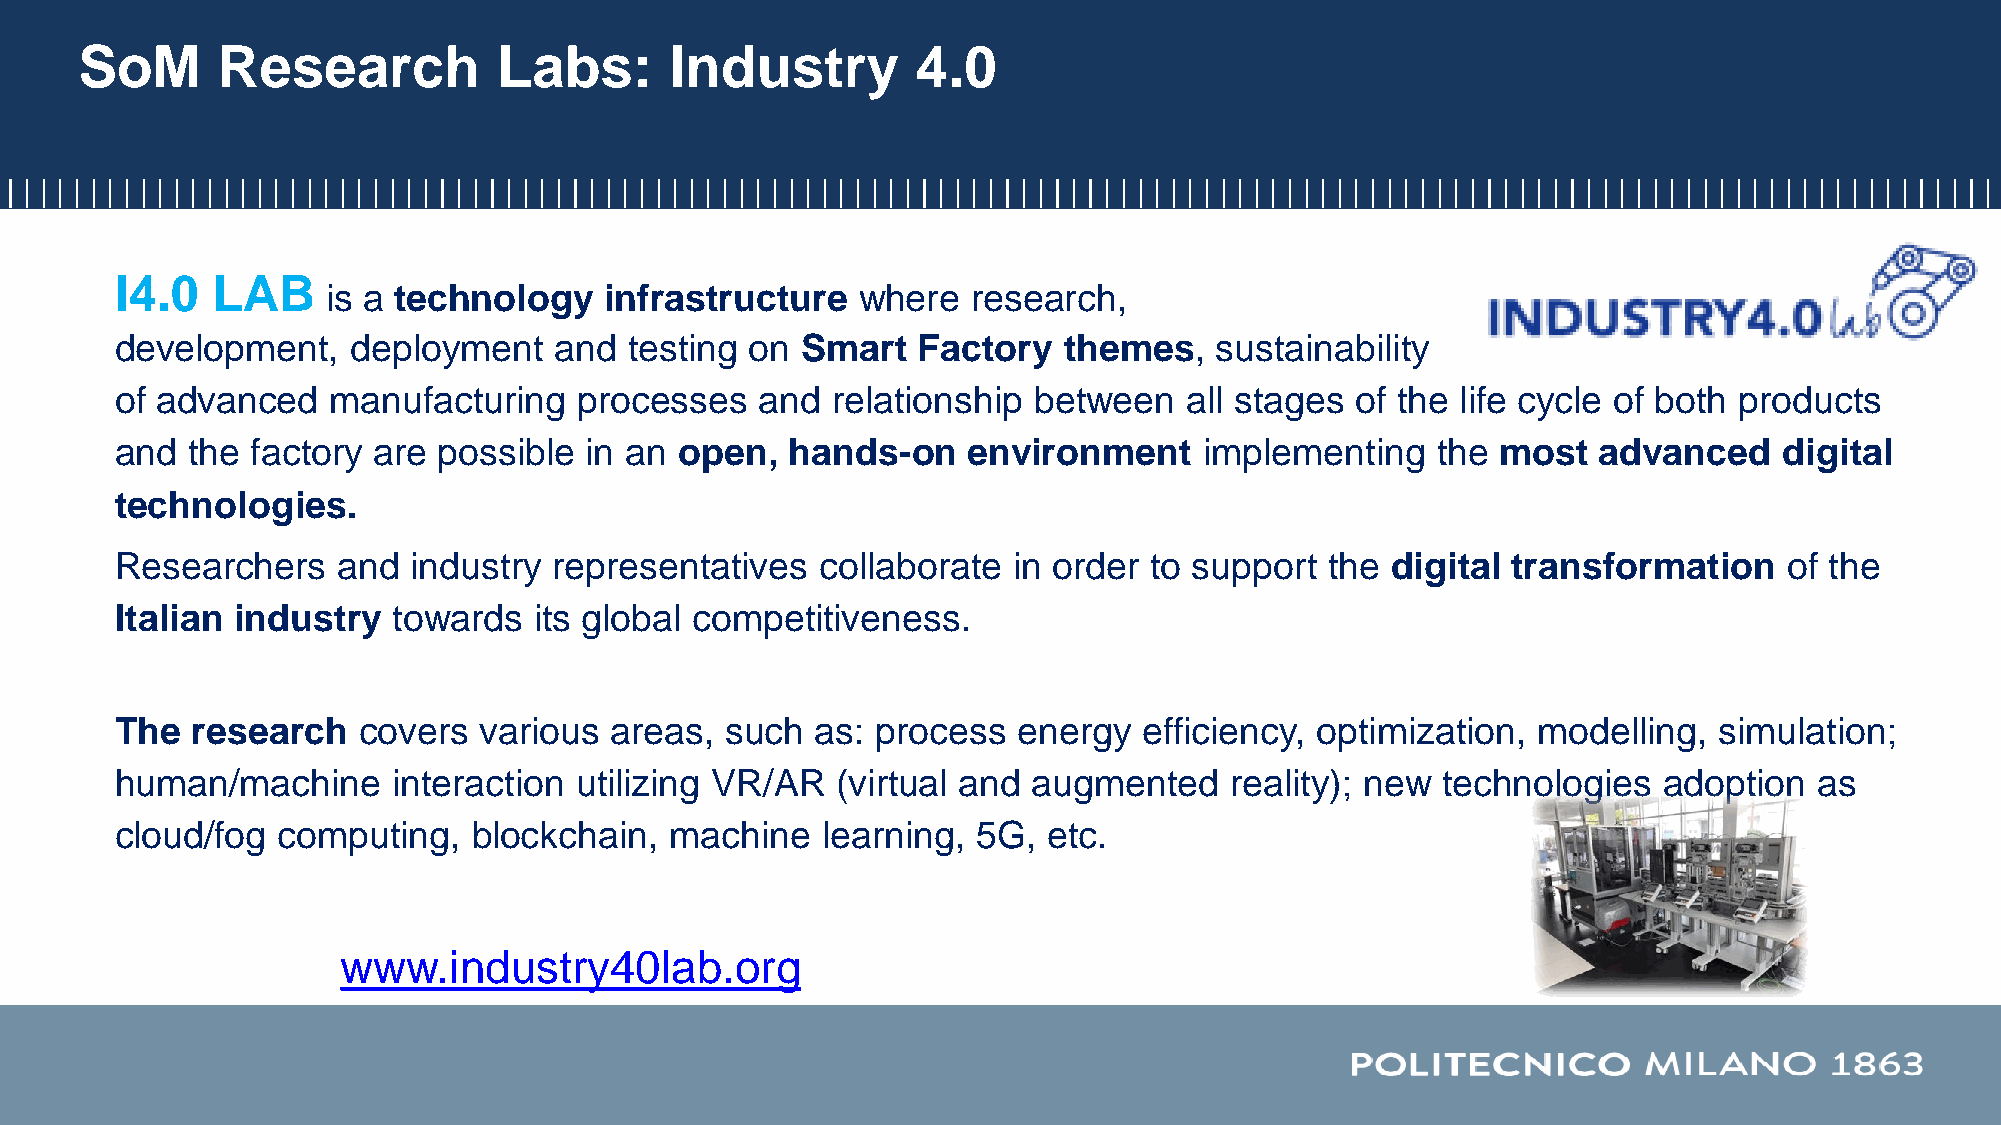
SoM      Research           Labs:      Industry         4.0
 I4.0  LAB
 is a technology   infrastructure   where  research,
 development,   deployment    and  testing on Smart   Factory  themes,   sustainability
 of advanced   manufacturing   processes   and  relationship between   all stages  of the life cycle of both products
 and the  factory are possible  in an open,  hands-on    environment     implementing   the most   advanced    digital
 technologies.
 Researchers   and  industry  representatives  collaborate  in order to support  the digital transformation    of the
 Italian industry  towards  its global competitiveness.
 The  research   covers  various areas,  such  as: process  energy   efficiency, optimization, modelling,  simulation;
 human/machine     interaction utilizing VR/AR  (virtual and augmented    reality); new technologies   adoption  as
 cloud/fog computing,   blockchain,  machine   learning,  5G, etc.
 www.industry40lab.org